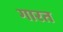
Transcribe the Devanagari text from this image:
गारत